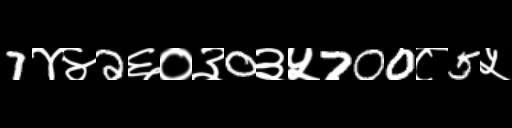
Text: 7४४2६०३0३५700८5५